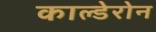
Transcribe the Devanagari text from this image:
काल्डेरोन